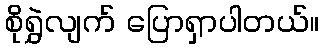
စိုရွှဲလျက် ပြောရှာပါတယ်။